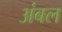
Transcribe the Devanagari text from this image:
अंबल